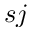
s j